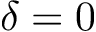
\delta = 0